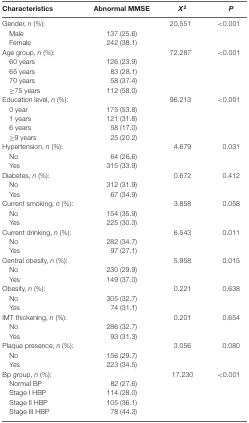
<table><thead><tr><td><b>Characteristics</b></td><td><b>Abnormal MMSE</b></td><td><b><i>X</i><sup>2</sup></b></td><td><b><i>P</i></b></td></tr></thead><tbody><tr><td>Gender, <i>n</i> (%):</td><td></td><td>20.551</td><td>&lt;0.001</td></tr><tr><td>Male</td><td>137 (25.6)</td><td></td><td></td></tr><tr><td>Female</td><td>242 (38.1)</td><td></td><td></td></tr><tr><td>Age group, <i>n</i> (%):</td><td></td><td>72.287</td><td>&lt;0.001</td></tr><tr><td>60 years</td><td>126 (23.9)</td><td></td><td></td></tr><tr><td>65 years</td><td>83 (28.1)</td><td></td><td></td></tr><tr><td>70 years</td><td>58 (37.4)</td><td></td><td></td></tr><tr><td>≥75 years</td><td>112 (58.0)</td><td></td><td></td></tr><tr><td>Education level, <i>n</i> (%):</td><td></td><td>96.213</td><td>&lt;0.001</td></tr><tr><td>0 year</td><td>175 (53.8)</td><td></td><td></td></tr><tr><td>1 years</td><td>121 (31.8)</td><td></td><td></td></tr><tr><td>6 years</td><td>58 (17.0)</td><td></td><td></td></tr><tr><td>≥9 years</td><td>25 (20.2)</td><td></td><td></td></tr><tr><td>Hypertension, <i>n</i> (%):</td><td></td><td>4.679</td><td>0.031</td></tr><tr><td>No</td><td>64 (26.6)</td><td></td><td></td></tr><tr><td>Yes</td><td>315 (33.9)</td><td></td><td></td></tr><tr><td>Diabetes, <i>n</i> (%):</td><td></td><td>0.672</td><td>0.412</td></tr><tr><td>No</td><td>312 (31.9)</td><td></td><td></td></tr><tr><td>Yes</td><td>67 (34.9)</td><td></td><td></td></tr><tr><td>Current smoking, <i>n</i> (%):</td><td></td><td>3.858</td><td>0.058</td></tr><tr><td>No</td><td>154 (35.9)</td><td></td><td></td></tr><tr><td>Yes</td><td>225 (30.3)</td><td></td><td></td></tr><tr><td>Current drinking, <i>n</i> (%):</td><td></td><td>6.543</td><td>0.011</td></tr><tr><td>No</td><td>282 (34.7)</td><td></td><td></td></tr><tr><td>Yes</td><td>97 (27.1)</td><td></td><td></td></tr><tr><td>Central obesity, <i>n</i> (%):</td><td></td><td>5.958</td><td>0.015</td></tr><tr><td>No</td><td>230 (29.9)</td><td></td><td></td></tr><tr><td>Yes</td><td>149 (37.0)</td><td></td><td></td></tr><tr><td>Obesity, <i>n</i> (%):</td><td></td><td>0.221</td><td>0.638</td></tr><tr><td>No</td><td>305 (32.7)</td><td></td><td></td></tr><tr><td>Yes</td><td>74 (31.1)</td><td></td><td></td></tr><tr><td>IMT thickening, <i>n</i> (%):</td><td></td><td>0.201</td><td>0.654</td></tr><tr><td>No</td><td>286 (32.7)</td><td></td><td></td></tr><tr><td>Yes</td><td>93 (31.3)</td><td></td><td></td></tr><tr><td>Plaque presence, <i>n</i> (%):</td><td></td><td>3.056</td><td>0.080</td></tr><tr><td>No</td><td>156 (29.7)</td><td></td><td></td></tr><tr><td>Yes</td><td>223 (34.5)</td><td></td><td></td></tr><tr><td>Bp group, <i>n</i> (%):</td><td></td><td>17.230</td><td>&lt;0.001</td></tr><tr><td>Normal BP</td><td>82 (27.6)</td><td></td><td></td></tr><tr><td>Stage I HBP</td><td>114 (28.0)</td><td></td><td></td></tr><tr><td>Stage II HBP</td><td>105 (36.1)</td><td></td><td></td></tr><tr><td>Stage III HBP</td><td>78 (44.3)</td><td></td><td></td></tr></tbody></table>